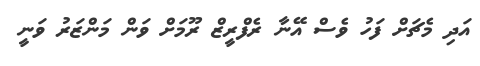
އަދި މެޗަށް ފަހު ވެސް އޭނާ ރެފްރީޒް ރޫމަށް ވަން މަންޒަރު ވަނީ